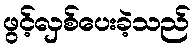
ဖွင့်လှစ်ပေးခဲ့သည်